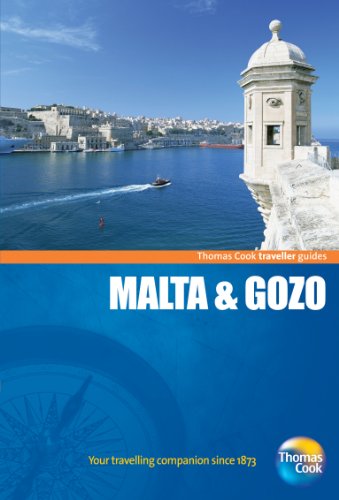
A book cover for Traveller Guides Malta & Gozo, 5th (Travellers - Thomas Cook); Thomas Cook Publishing; Travel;